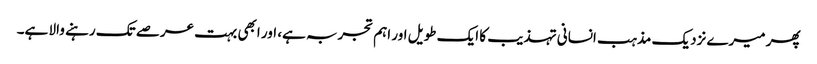
پھر میرے نزدیک مذہب انسانی تہذیب کا ایک طویل اور اہم تجربہ ہے، اور ابھی بہت عرصے تک رہنے والا ہے۔